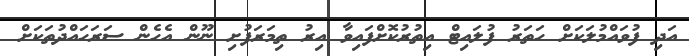
އަދި ފުވައްމުލަކަށް ހަތަރު ފުލައިޓް އިތުރުކޮށްފައިވާ އިރު ތިމަރަފުށި ނޫން އެހެން ސަރަހައްދުތަކަށް